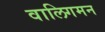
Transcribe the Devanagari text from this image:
वालिगमन